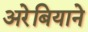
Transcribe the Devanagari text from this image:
अरेबियाने